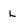
Character: L